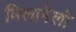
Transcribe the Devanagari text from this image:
मिलानेलो